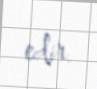
edir.